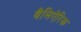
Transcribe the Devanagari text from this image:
बैलिऐरिक